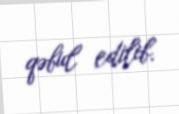
qəbul edilib.